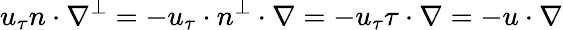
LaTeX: u_{\tau}n\cdot\nabla^{\perp}=-u_{\tau}\cdot n^{\perp}\cdot\nabla=-u_{\tau}\tau\cdot\nabla=-u\cdot\nabla